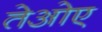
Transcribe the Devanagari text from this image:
तेओए